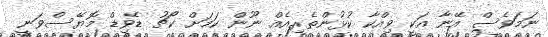
ނަމަވެސް އޭނާ އަކީ ވިއްކާ ކުޅުންތެރިއެއް ނޫން ކަމަށް ކޯޗު ޑޭވިޑް މޮޔޭސްވަނީ